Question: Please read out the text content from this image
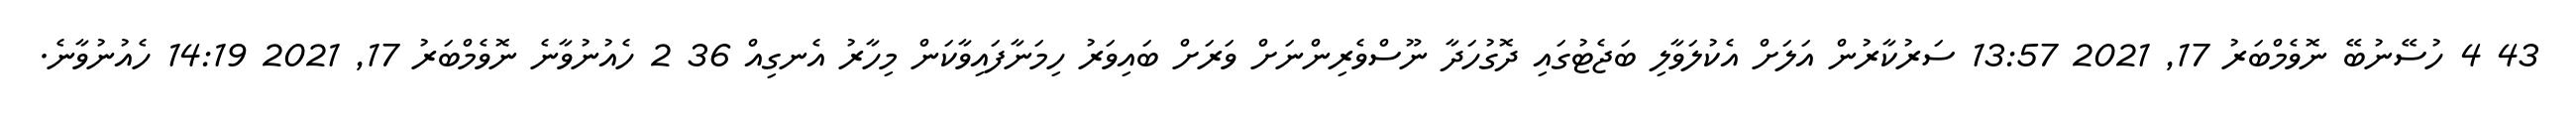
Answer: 43 4 ހުސޭނުބޭ ނޮވެމްބަރު 17, 2021 13:57 ސަރުކާރުން އަލަށް އެކުލަވާލި ބަޖެޓުގައި ދޮގުހަދާ ނޫސްވެރިންނަށް ވަރަށް ބައިވަރު ހިމަނާފައިވާކަން މިހާރު އެނގިއް 36 2 ހެއުނުވާނެ ނޮވެމްބަރު 17, 2021 14:19 ހެއުނުވާނެ.